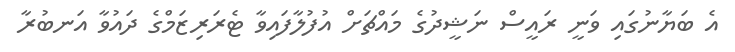
އެ ބަޔާނުގައި ވަނީ ރައީސް ނަޝީދުގެ މައްޗަށް އުފުލާފައިވާ ޓެރަރިޒަމްގެ ދައުވާ އަނބުރާ